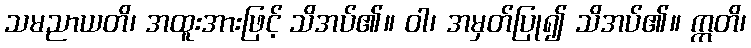
သမညာယတိ၊ အထူးအားဖြင့် သိအပ်၏။ ဝါ၊ အမှတ်ပြု၍ သိအပ်၏။ ဣတိ၊